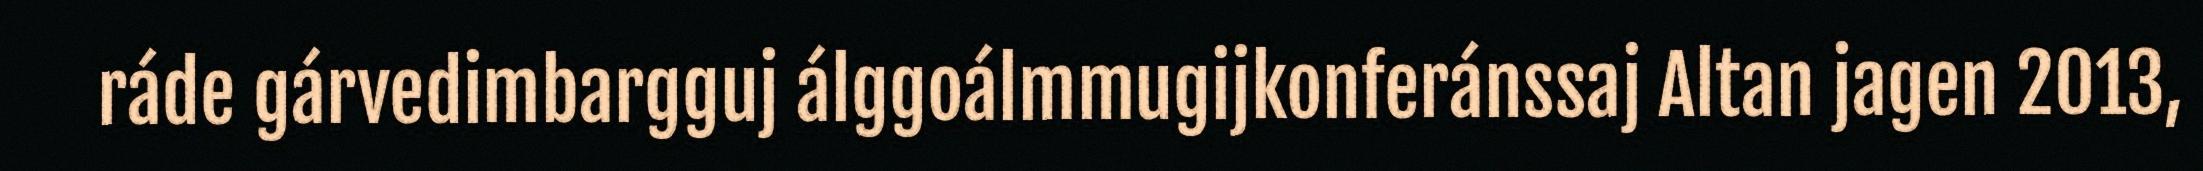
ráde gárvedimbargguj álggoálmmugijkonferánssaj Altan jagen 2013,